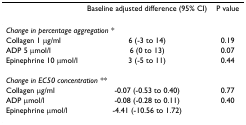
<table><thead><tr><td></td><td><b>Baseline adjusted difference (95% CI)</b></td><td><b>P value</b></td></tr></thead><tbody><tr><td colspan="3"><i>Change in percentage aggregation *</i></td></tr><tr><td>Collagen 1 μg/ml</td><td>6 (-3 to 14)</td><td>0.19</td></tr><tr><td>ADP 5 μmol/l</td><td>6 (0 to 13)</td><td>0.07</td></tr><tr><td>Epinephrine 10 μmol/l</td><td>3 (-5 to 11)</td><td>0.44</td></tr><tr><td colspan="3"><i>Change in EC50 concentration **</i></td></tr><tr><td>Collagen μg/ml</td><td>-0.07 (-0.53 to 0.40)</td><td>0.77</td></tr><tr><td>ADP μmol/l</td><td>-0.08 (-0.28 to 0.11)</td><td>0.40</td></tr><tr><td>Epinephrine μmol/l</td><td>-4.41 (-10.56 to 1.72)</td><td></td></tr></tbody></table>